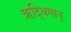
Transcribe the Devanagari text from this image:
ऋद्धिमान्‌